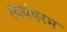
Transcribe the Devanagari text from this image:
स्वयंवरम